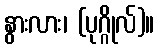
နွားလား၊ (ပုဂ္ဂိုလ်)။